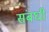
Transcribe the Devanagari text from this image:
संबघी